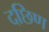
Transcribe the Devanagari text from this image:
दछिण